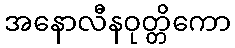
အနောလီနဝုတ္တိကော